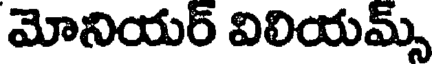
మోనియర్ విలియమ్స్